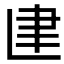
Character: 𰭼